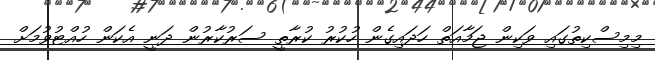
މިމިސްކިތުގައި ވަކިން ޖަމާއަތް ހަދައިގެން ހުކުރު ކުރާތީ ސަރުކާރުން ދަނީ އެކަން ހުއްޓުވުމަށް